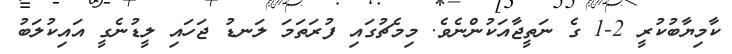
ކާމިޔާބުކުރީ 2-1 ގެ ނަތީޖާއަކުންނެވެ. މިމެޗުގައި ފުރަތަމަ ލަނޑު ޖަހައި ލީޑުނެގީ އައިކުލަބު